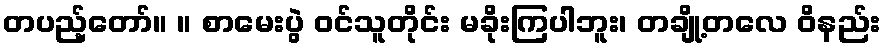
တပည့်တော်။ ။ စာမေးပွဲ ဝင်သူတိုင်း မခိုးကြပါဘူး၊ တချို့တလေ ဝိနည်း